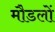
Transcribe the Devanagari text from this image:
मौडलों